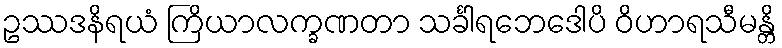
ဥဿဒနိရယံ ကြိယာလက္ခဏတာ သင်္ခါရဘေဒေါပိ ဝိဟာရသီမန္တိ